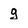
Character: g